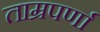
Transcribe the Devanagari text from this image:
ताम्रपर्णा